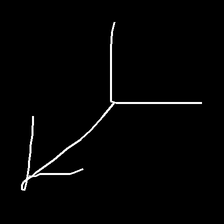
Glyph: gather